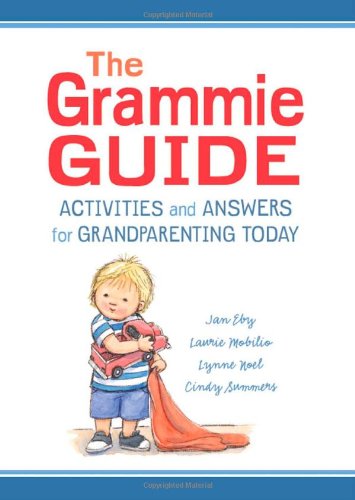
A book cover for The Grammie Guide: Activities and Answers for Grandparenting Today; Jan Eby; Parenting & Relationships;